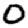
Digit: 0